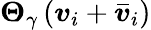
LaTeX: \boldsymbol{\Theta}_{\gamma}\left(\boldsymbol{v}_{i}+{\boldsymbol{\bar{v}}}_{i}\right)